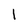
Character: I